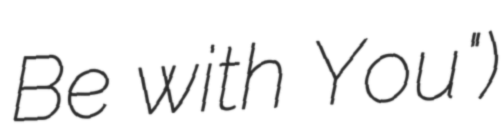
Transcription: Be with You")